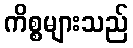
ကိစ္စများသည်